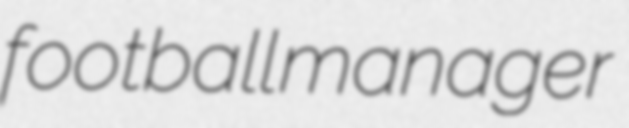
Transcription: football manager